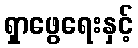
ရှာဖွေရေးနှင့်